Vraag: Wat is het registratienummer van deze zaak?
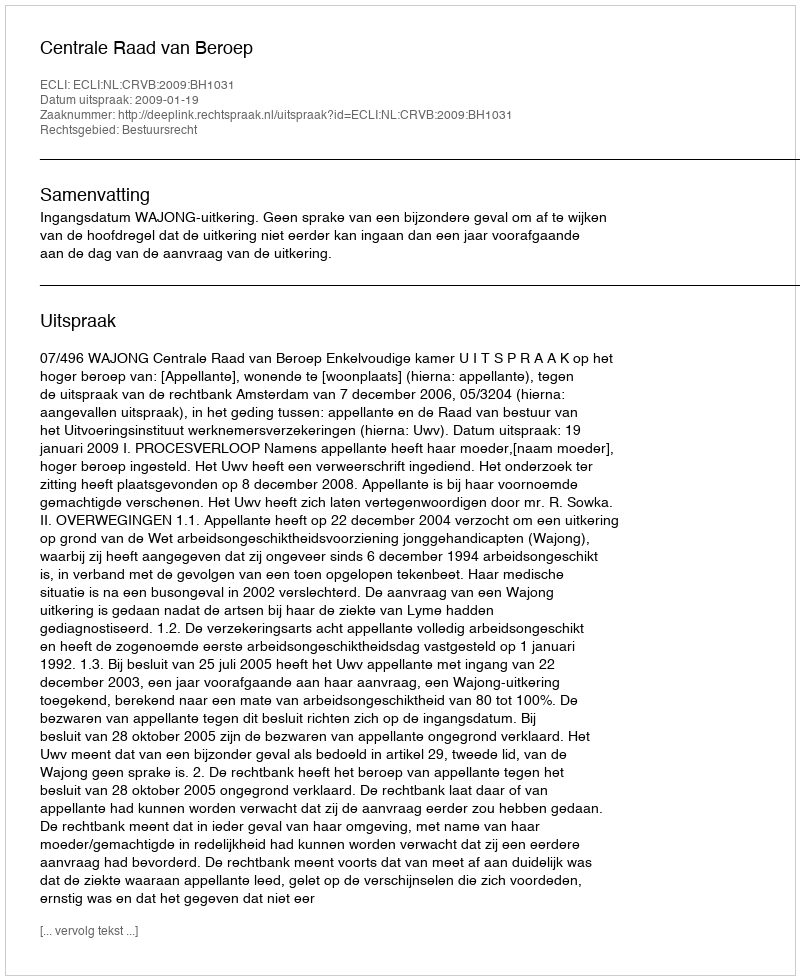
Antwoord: http://deeplink.rechtspraak.nl/uitspraak?id=ECLI:NL:CRVB:2009:BH1031